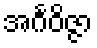
အင်္ဂဝိဇ္ဇာ